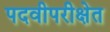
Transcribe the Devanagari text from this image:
पदवीपरीक्षेत